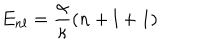
E _ { n l } = \frac { \alpha } { \kappa } ( n + l + 1 )